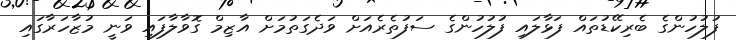
ފުލުހުންގެ ބެރިކޭޑުތައް ފަޅާލައި ފުލުހުންގެ ސަފުތެރެއަށް ވަދެގަތުމަށް އާޒިމް ގޮވާލާފައި ވަނީ މުޒާހަރާގައި